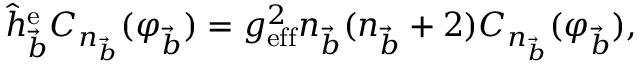
\hat { h } _ { \vec { b } } ^ { \mathrm { e } } C _ { n _ { \vec { b } } } ( \varphi _ { \vec { b } } ) = g _ { \mathrm { e f f } } ^ { 2 } n _ { \vec { b } } ( n _ { \vec { b } } + 2 ) C _ { n _ { \vec { b } } } ( \varphi _ { \vec { b } } ) ,